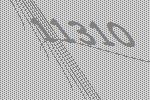
11310